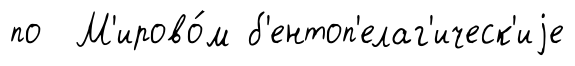
по М'ирово́м б'ентоп'елаг'ическ'иjе